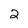
Character: 2